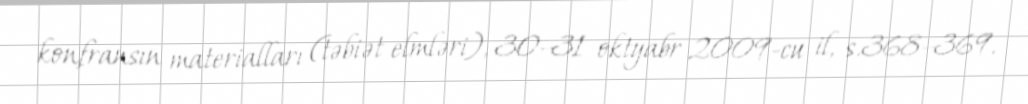
konfransın materialları (təbiət elmləri), 30–31 oktyabr 2009-cu il, s.368–369.